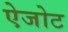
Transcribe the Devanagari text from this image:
ऐजोट